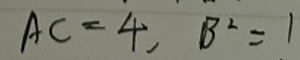
\[ AC = 4, B^{2}=1 \]